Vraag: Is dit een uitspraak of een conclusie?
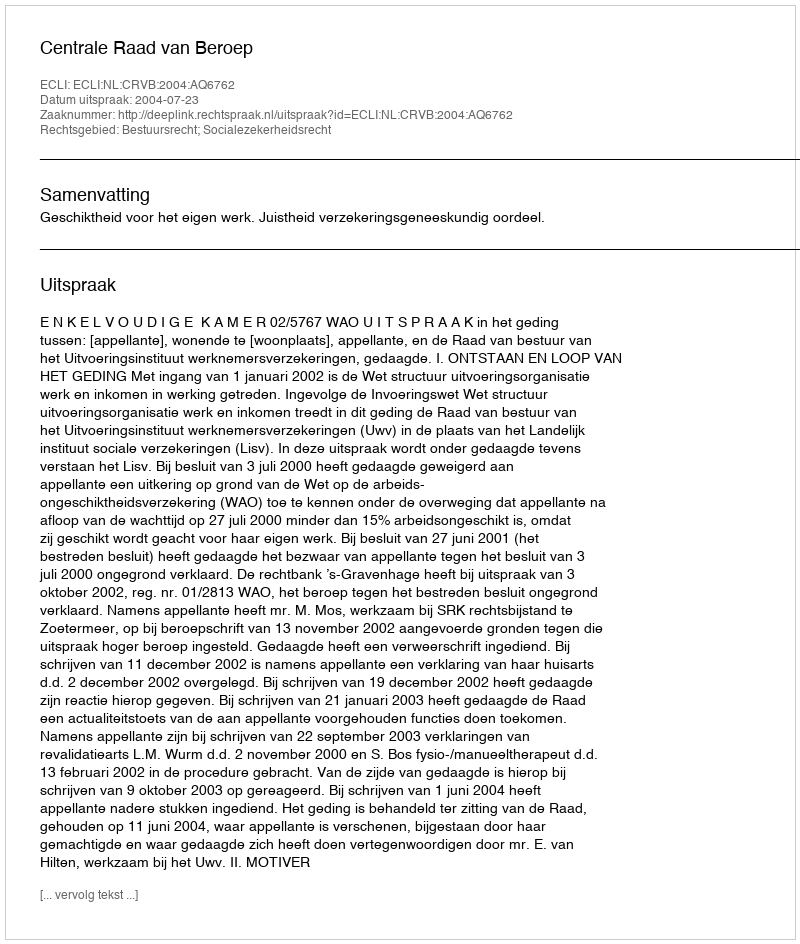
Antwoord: Uitspraak